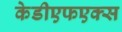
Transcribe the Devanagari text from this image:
केडीएफएक्स